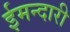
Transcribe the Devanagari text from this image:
ईमन्दारी